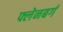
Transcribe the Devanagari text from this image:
फ्लेनबर्ग